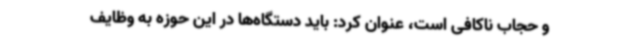
و حجاب ناکافی است، عنوان کرد: باید دستگاه‌ها در این حوزه به وظایف